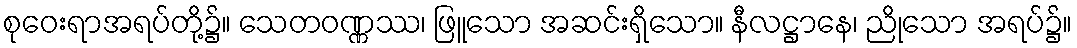
စုဝေးရာအရပ်တို့၌။ သေတဝဏ္ဏဿ၊ ဖြူသော အဆင်းရှိသော။ နီလဋ္ဌာနေ၊ ညိုသော အရပ်၌။